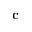
\mathbf { c }